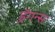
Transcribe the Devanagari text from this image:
ड्रॅगन्स